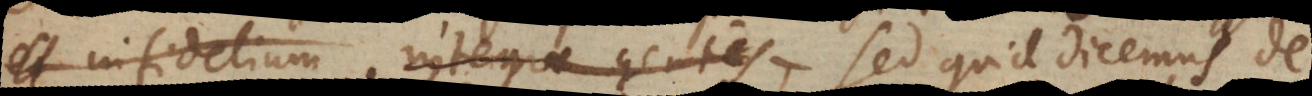
et infidelium integrae gentes Sed quid dicemus de